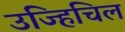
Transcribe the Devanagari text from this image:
उज्हिचिल